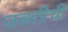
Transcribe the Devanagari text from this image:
उन्नतीचीं